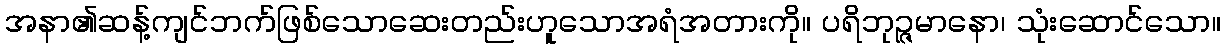
အနာ၏ဆန့်ကျင်ဘက်ဖြစ်သောဆေးတည်းဟူသောအရံအတားကို။ ပရိဘုဉ္ဇမာနော၊ သုံးဆောင်သော။